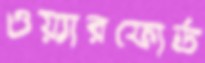
ওয়্যারফোর্ড